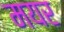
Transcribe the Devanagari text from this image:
मयर